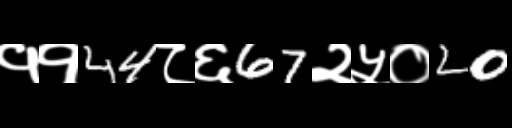
Text: ११44८६67२५०20